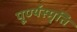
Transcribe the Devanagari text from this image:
पूर्ण्यस्मृति